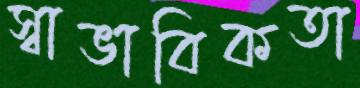
স্বাভাবিকতা